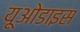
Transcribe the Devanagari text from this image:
यूओडाइस